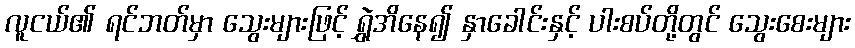
လူငယ်၏ ရင်ဘတ်မှာ သွေးများဖြင့် ရွှဲအိနေ၍ နှာခေါင်းနှင့် ပါးစပ်တို့တွင် သွေးစေးများ